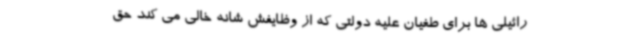
رائیلی ها برای طغیان علیه دولتی که از وظایفش شانه خالی می کند حق